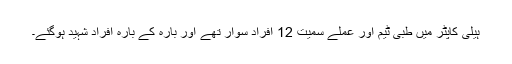
ہیلی کاپٹر میں طبی ٹیم اور عملے سمیت 12 افراد سوار تھے اور بارہ کے بارہ افراد شہید ہوگئے۔